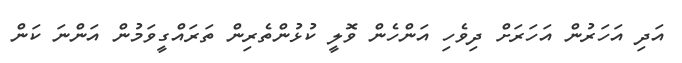
އަދި އަހަރުން އަހަރަށް ދިވެހި އަންހެން ވޮލީ ކުޅުންތެރިން ތަރައްގީވަމުން އަންނަ ކަން